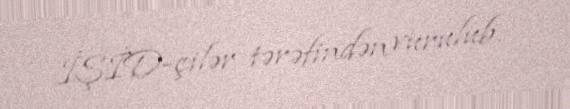
İŞİD-çilər tərəfindən vurulub.